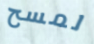
لمسح